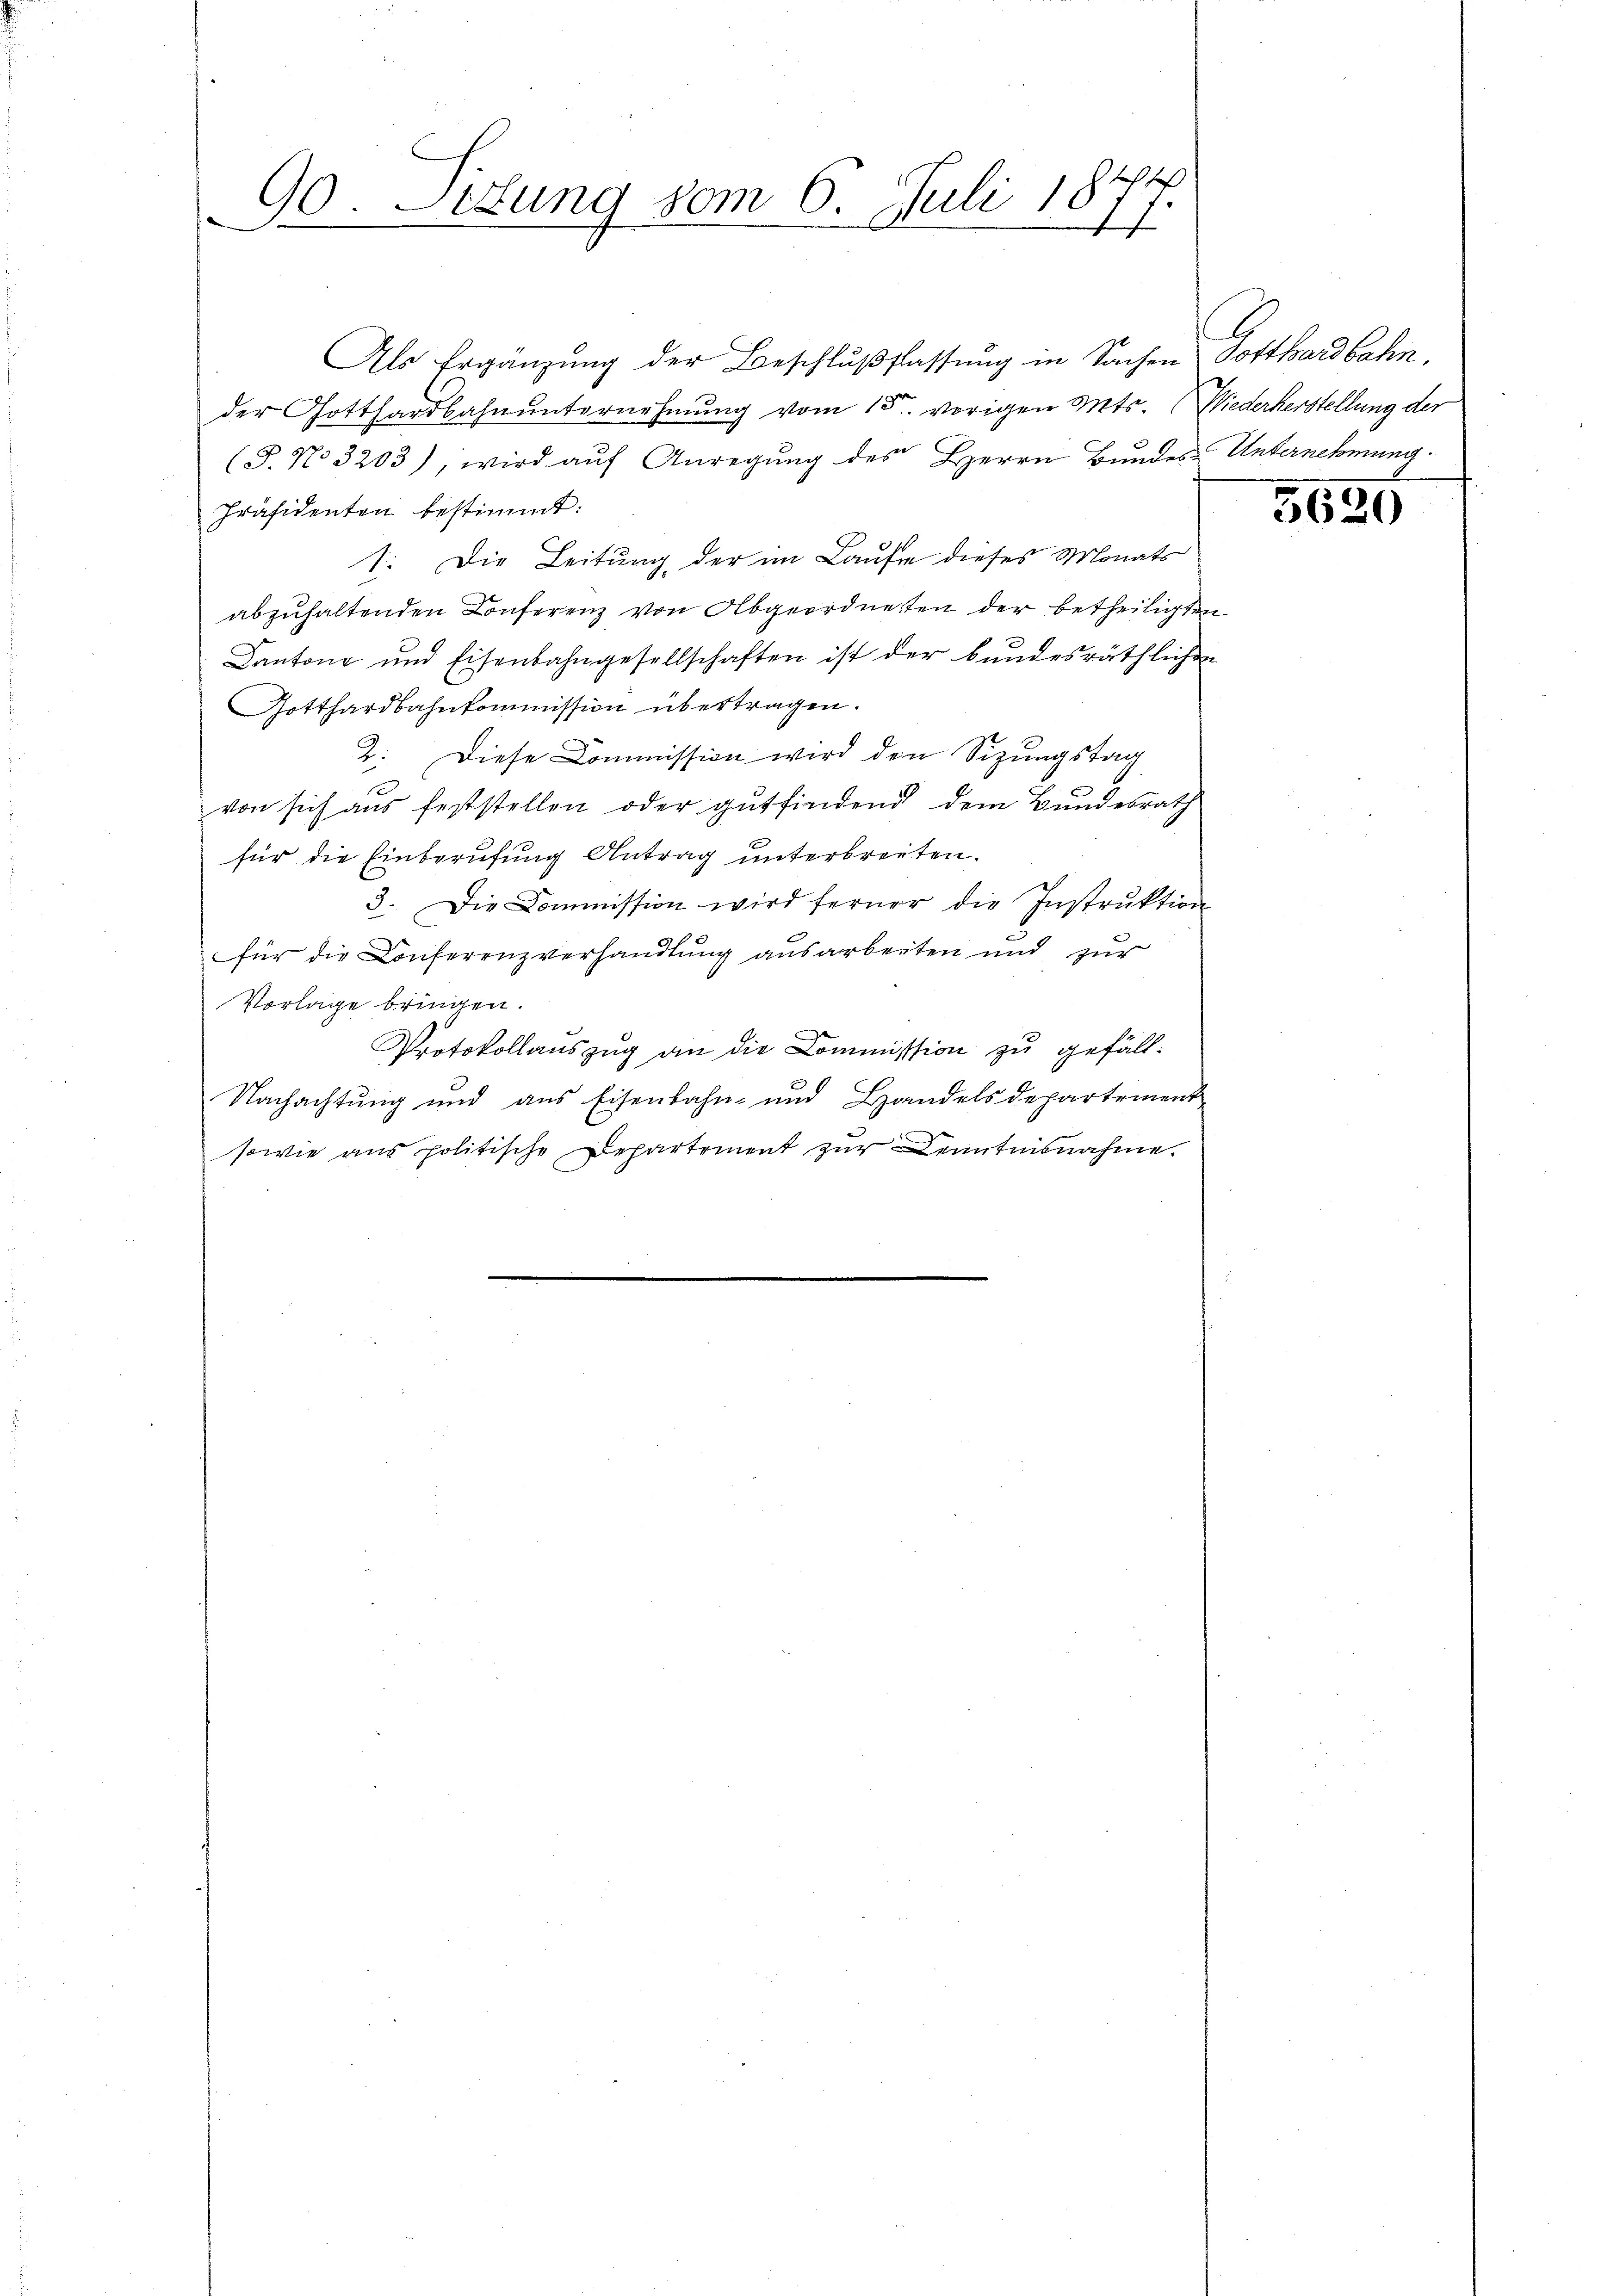
Als Ergänzung der Beschlußflassung in Sachen Potthardbahn,
der Gotthardbahnunternehmung vom 15. vorigen Mts.
(T. No. 3203), wird aŭf Anregŭng des Herrn Bundes-Unternehmung
Präsidenten bestimmt:
1. Die Leitung der im Laufe dieses Monats
abzŭhaltenden Conferenz von Abgeordneten der betheiligten
Cantone und Eisenbahngesellschaften ist der bundesräthlichen
Gotthardbahnkommission übertragen.
2: Diese Commission wird den Sizungstag
von sich aus feststellen oder gutfindend dem Bundesrath
für die Einberufung Antrag unterbreiten.
3. Die Commission wird ferner die Instrŭktion
für die Conferenzverhandlung ausarbeiten und zur
Vorlage bringen.
Protokollauszug an die Commission zu gefäll¬
Nachachtung und aus Eisenbahn- und Handelsdepartement
sowie aus politische Departement zŭr Kenntnisnahme.

90. Letung vom 6. Juli 1877.

Wiederherstellung der

5620